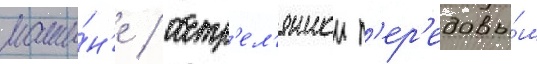
маши́н'е / обстр'ел'яннои п'ер'едовы́м